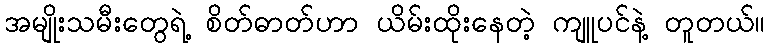
အမျိုးသမီးတွေရဲ့ စိတ်ဓာတ်ဟာ ယိမ်းထိုးနေတဲ့ ကျူပင်နဲ့ တူတယ်။